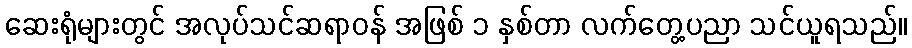
ဆေးရုံများတွင် အလုပ်သင်ဆရာဝန် အဖြစ် ၁ နှစ်တာ လက်တွေ့ပညာ သင်ယူရသည်။